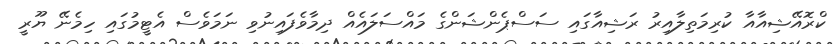
ކްރޮއޭޝިއާއާ ކުރިމަތިލާއިރު ރަޝިއާގައި ސަސްޕެންޝަންގެ މައްސަލައެއް ދިމާވެފައިނުވި ނަމަވެސް އެޓީމުގައި ހިމެނޭ ޔޫރީ